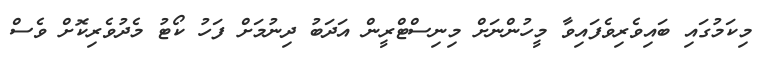
މިކަމުގައި ބައިވެރިވެފައިވާ މީހުންނަށް މިނިސްޓްރީން އަދަބު ދިނުމަށް ފަހު ކޯޓު މެދުވެރިކޮށް ވެސް